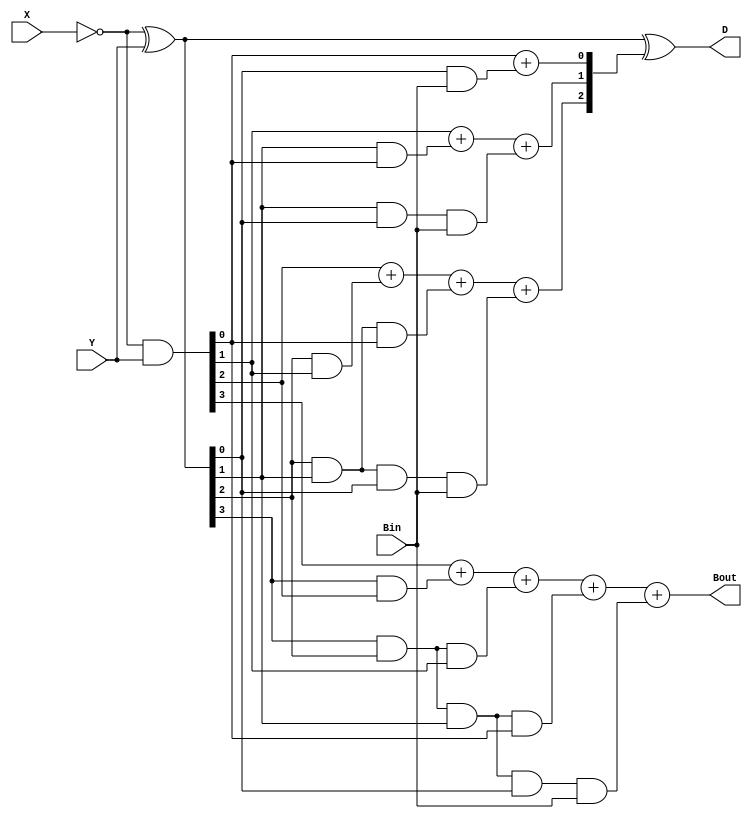
module Lab2_borrow_lookahead_4_bit_sub(X,Y,Bin,Bout,D);
    output       Bout;
    output [3:0] D;
    input        Bin;
    input  [3:0] X,Y;
    wire   [2:0] B;
    wire   [3:0] P,G;

    assign P=(~X)^Y;
    assign G=(~X)&Y;
    assign B[0]=G[0]+(P[0]&Bin);
    assign B[1]=G[1]+(P[1]&G[0])+(P[1]&P[0]&Bin);
    assign B[2]=G[2]+(P[2]&G[1])+(P[2]&P[1]&G[0])+(P[2]&P[1]&P[0]&Bin);
    assign Bout=G[3]+(P[3]&G[2])+(P[3]&P[2]&G[1])+(P[3]&P[2]&P[1]&G[0])+(P[3]&P[2]&P[1]&P[0]&Bin);
    assign D=P^B;
endmodule